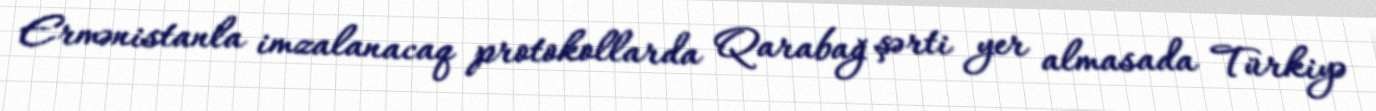
Ermənistanla imzalanacaq protokollarda Qarabağ şərti yer almasada Türkiyə